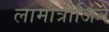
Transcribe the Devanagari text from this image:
लामोत्रीजिन